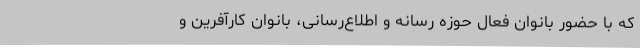
که با حضور بانوان فعال حوزه رسانه و اطلاع‌رسانی، بانوان کارآفرین و